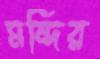
মন্দির